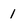
Character: 1